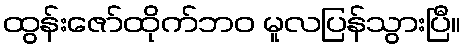
ထွန်းဇော်ထိုက်ဘဝ မူလပြန်သွားပြီ။